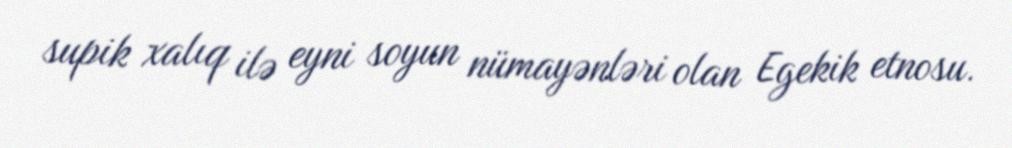
supik xalıq ilə eyni soyun nümayənləri olan Egekik etnosu.